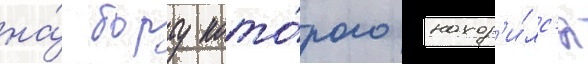
на́ борту кото́рого наход'и́лс'я